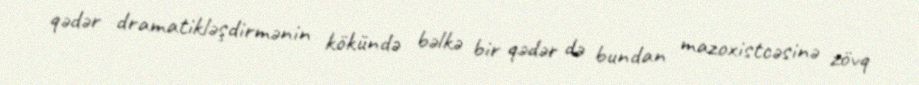
qədər dramatikləşdirmənin kökündə bəlkə bir qədər də bundan mazoxistcəsinə zövq